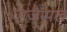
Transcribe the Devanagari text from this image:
एग्जैम्पल